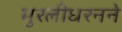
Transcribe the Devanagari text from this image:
मुरलीधरनने